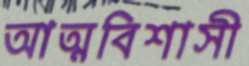
আত্মবিশাসী